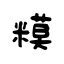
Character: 糢